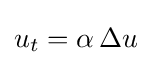
u_{t}=\alpha \,\Delta u